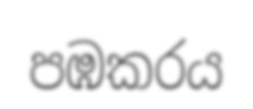
පඹකරය